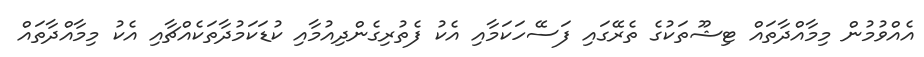
އެއްވުމުން މިމާއްދާތައް ޓިޝޫތަކުގެ ތެރޭގައި ފަސޭހަކަމާއި އެކު ފެތުރިގެންދިއުމާއި ކުޑަކަމުދާތަކެއްޗާއި އެކު މިމާއްދާތައް